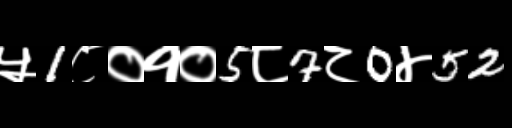
Text: ५1८०१०5८7८0४52